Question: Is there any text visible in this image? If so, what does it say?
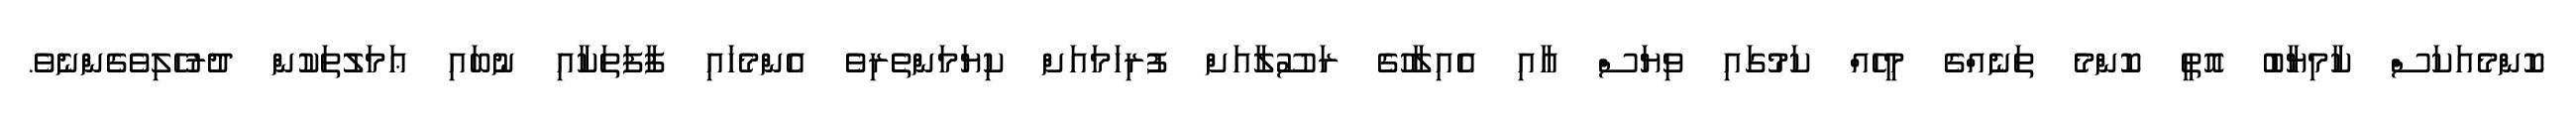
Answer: ކޮންމެއަކަސް ކާމިޔާބު އޮތީ ކޮންމެ ތަނެއްގެ މީހެއް ކަމުގައި ވިޔަސް އާއި އެއިލާހުގެ ރަސޫލާއަށް ފުރިހަމައަށް ކިޔަމަންތެރިވެ އެންމެހައި ފާފަތަކާއި ނުބައި ޢަމަލުތަކުން ދުރުހެލިވެގެންނެވެ.